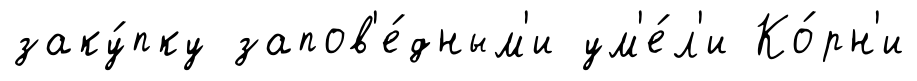
заку́пку запов'е́дным'и ум'е́л'и Ко́рн'и